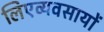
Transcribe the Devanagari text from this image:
लिएव्यवसायों